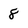
Character: 8